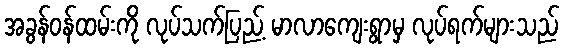
အခွန်ဝန်ထမ်းကို လုပ်သက်ပြည့် မာလာကျေးရွာမှ လုပ်ရက်များသည်